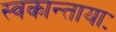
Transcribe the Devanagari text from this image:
स्वकान्तायाः